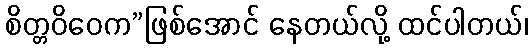
စိတ္တဝိဝေက”ဖြစ်အောင် နေတယ်လို့ ထင်ပါတယ်၊